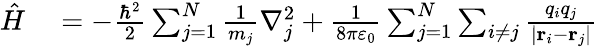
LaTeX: \begin{array}{rl}{{\hat{H}}}&{{}=-{\frac{\hbar^{2}}{2}}\sum_{j=1}^{N}{\frac{1}{m_{j}}}\nabla_{j}^{2}+{\frac{1}{8\pi\varepsilon_{0}}}\sum_{j=1}^{N}\sum_{i\neq j}{\frac{q_{i}q_{j}}{|\mathbf{r}_{i}-\mathbf{r}_{j}|}}}\end{array}